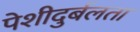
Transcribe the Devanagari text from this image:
पेशीदुर्बलता